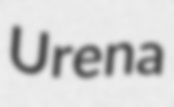
Urena